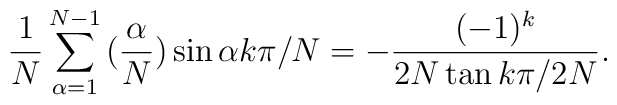
\frac{1}{N} \sum_{\alpha=1}^{N-1} \big(\frac{\alpha}{N}\big)\sin \alpha k \pi /N=-  \frac{(-1)^k}{2N \tan k \pi /2N}.